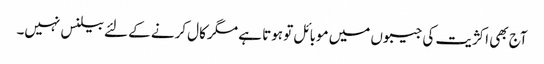
آج بھی اکژیت کی جیبوں میں موبائل تو ہوتا ہے مگر کال کرنے کے لئے بیلنس نہیں۔